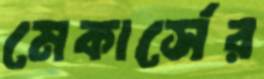
মেকার্সের